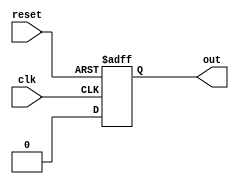
module parameter_assignment (
  input wire clk,
  input wire reset,
  output reg out
);

  parameter WIDTH = 4;  // define parameter WIDTH with default value of 4

  always @(posedge clk or posedge reset) begin
    if (reset) begin
      out <= 0;
    end else begin
      out <= WIDTH;
    end
  end

endmodule